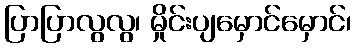
ပြာပြာလွလွ၊ မှိုင်းပျမှောင်မှောင်၊